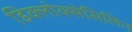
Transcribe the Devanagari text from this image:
डिक्लोक्सेसिलिन